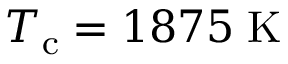
T _ { \mathrm { c } } = 1 8 7 5 \; \mathrm { K }